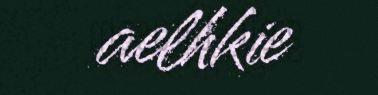
aelhkie